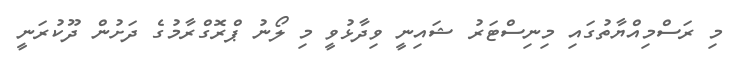
މި ރަސްމިއްޔާތުގައި މިނިސްޓަރު ޝައިނީ ވިދާޅުވީ މި ލޯނު ޕްރޮގްރާމުގެ ދަށުން ދޫކުރަނީ